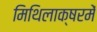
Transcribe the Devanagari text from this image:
मिथिलाक्षरमें